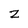
Character: Z